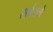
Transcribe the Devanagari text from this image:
सर्वस्मै